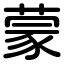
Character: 蒙